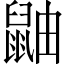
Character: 鼬